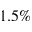
1 . 5 \%